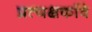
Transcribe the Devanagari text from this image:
प्रत्यक्षकवि